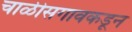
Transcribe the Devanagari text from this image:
चाळीसगावकडून